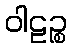
ဝါဠဉ္စ